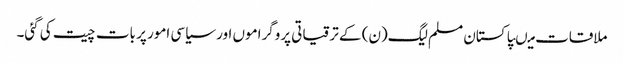
ملاقات میںپاکستان مسلم لیگ(ن) کے ترقیاتی پروگراموں اور سیاسی امور پر بات چیت کی گئی۔